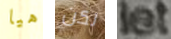
هيا لكن let